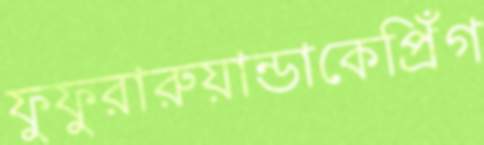
ফুফুরারুয়ান্ডাকেপ্রিঁগ